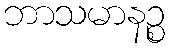
ဘာသမာနဉ္စ